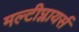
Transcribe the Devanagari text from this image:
मल्टीप्लायर्स